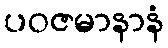
ပဝဇမာနာနံ